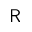
{ \sf R }